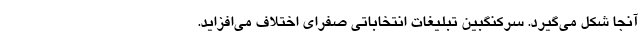
آنجا شکل می‌گیرد. سرکنگبینِ تبلیغات انتخاباتی صفرای اختلاف می‌افزاید.